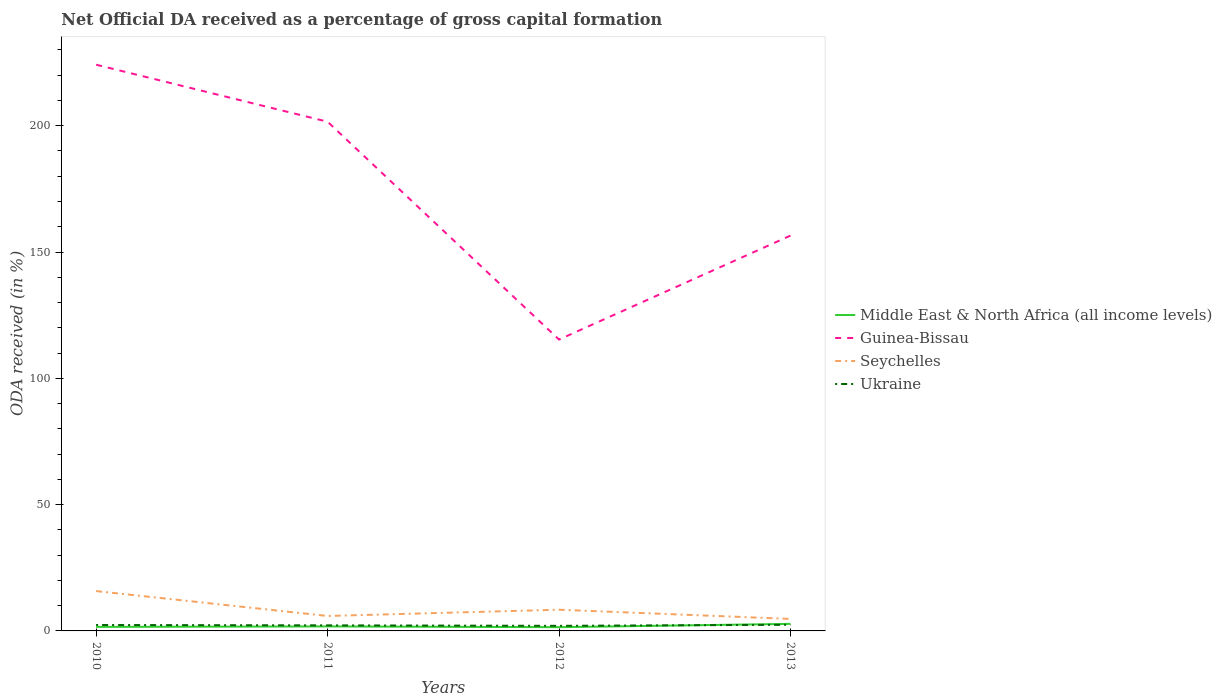
| Years | Middle East & North Africa (all income levels) | Guinea-Bissau | Seychelles | Ukraine |
 | --- | --- | --- | --- | --- |
 | 2010 | 1.59 | 224 | 15.8 | 2.35 |
 | 2011 | 1.78 | 202 | 5.92 | 2.2 |
 | 2012 | 1.48 | 115 | 8.39 | 2.02 |
 | 2013 | 2.79 | 156 | 4.75 | 2.44 |